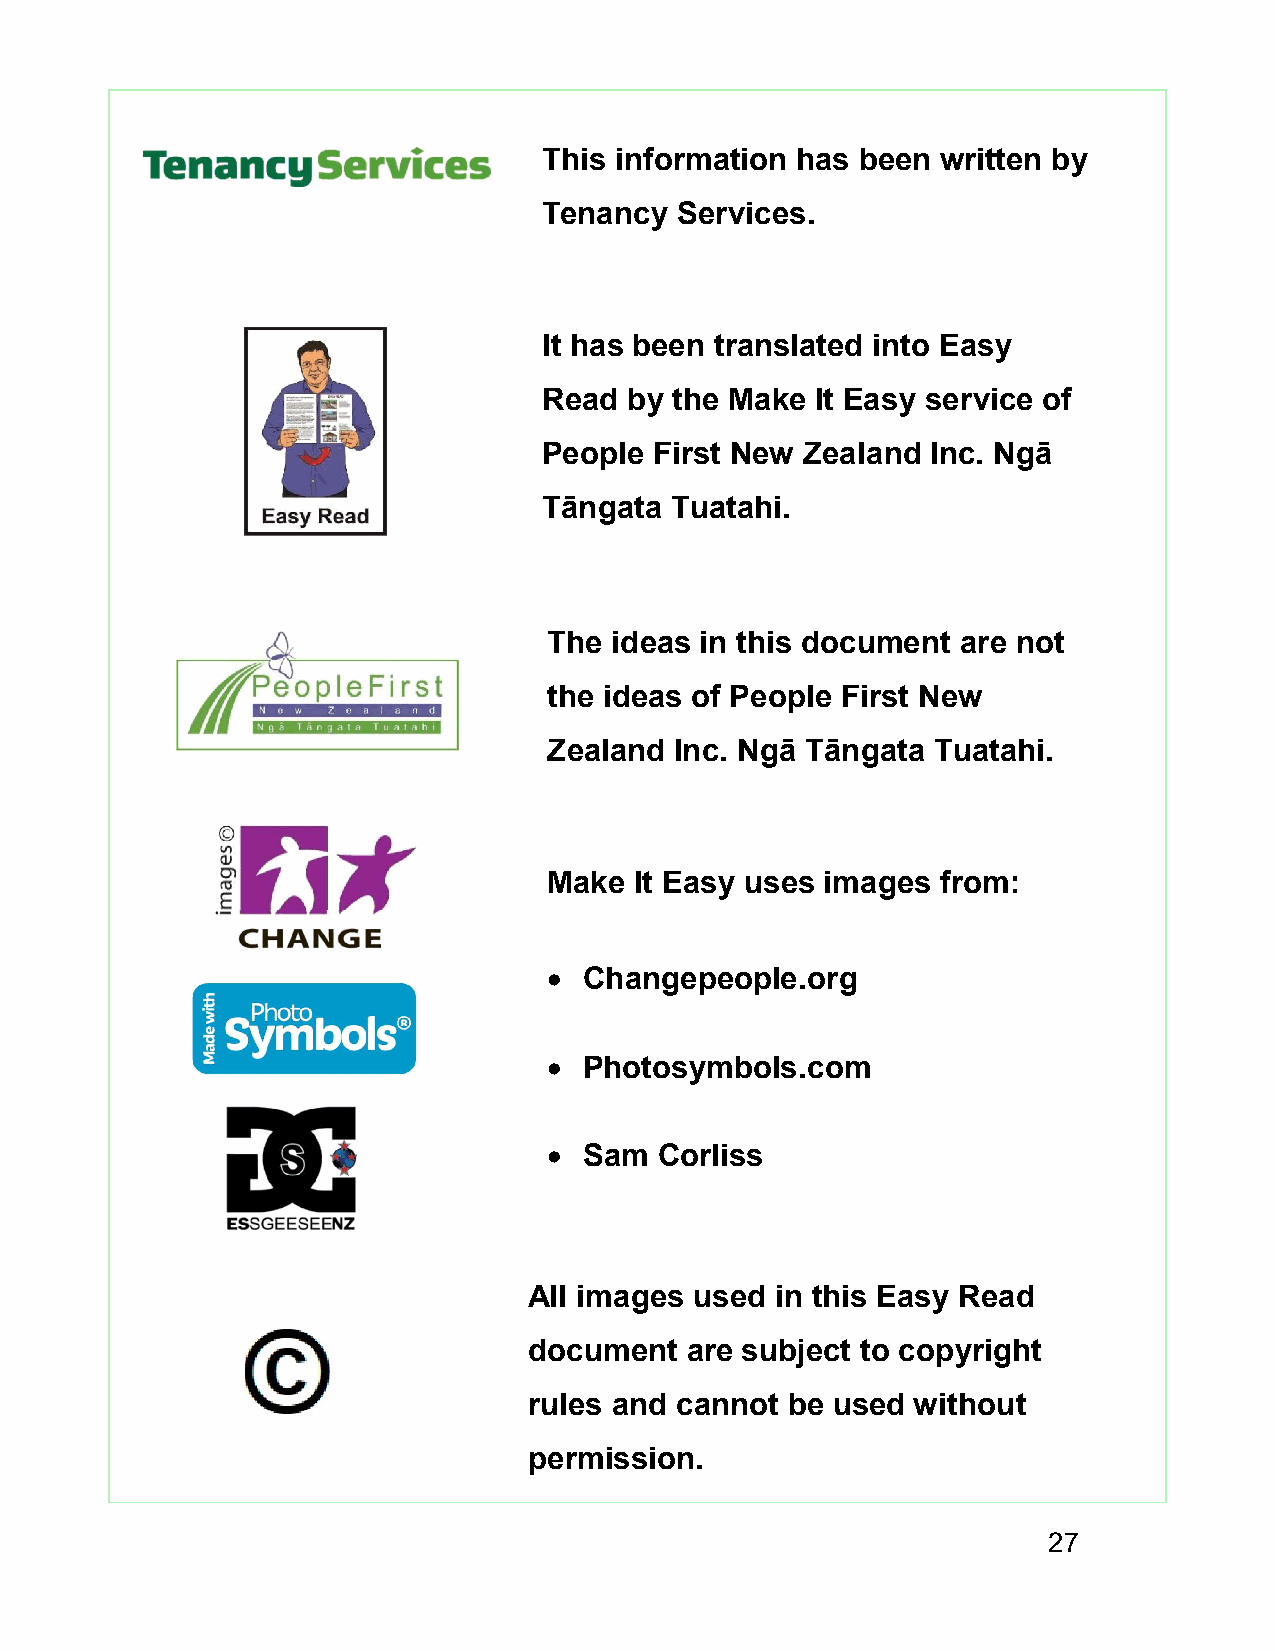
This information has been written by
 Tenancy  Services.
 It has been translated into Easy
 Read  by the Make It Easy service of
 People First New Zealand  Inc. Ngā
 Tāngata Tuatahi.
 The  ideas in this document are not
 the ideas of People First New
 Zealand  Inc. Ngā Tāngata Tuatahi.
 Make  It Easy uses images from:
   Changepeople.org
   Photosymbols.com
   Sam  Corliss
 All images used in this Easy Read
 document  are subject to copyright
 rules and cannot be used  without
 permission.
 27